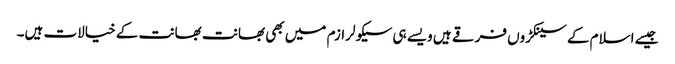
جیسے اسلام کے سینکڑوں فرقے ہیں ویسے ہی سیکولرازم میں بھی بھانت بھانت کے خیالات ہیں۔